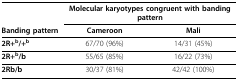
<table><thead><tr><td></td><td colspan="2"><b>Molecular karyotypes congruent with banding pattern</b></td></tr><tr><td><b>Banding pattern</b></td><td><b>Cameroon</b></td><td><b>Mali</b></td></tr></thead><tbody><tr><td><b>2R+</b><sup><b>b</b></sup><b>/+</b><sup><b>b</b></sup></td><td>67/70 (96%)</td><td>14/31 (45%)</td></tr><tr><td><b>2R+</b><sup><b>b</b></sup><b>/b</b></td><td>55/65 (85%)</td><td>16/22 (73%)</td></tr><tr><td><b>2Rb/b</b></td><td>30/37 (81%)</td><td>42/42 (100%)</td></tr></tbody></table>